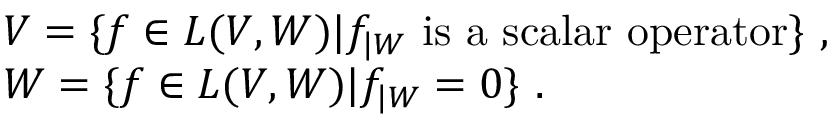
\begin{array} { r c l } { { } } & { { } } & { { { \cal V } = \{ f \in { \cal L } ( V , W ) \vert f _ { | W } ~ \mathrm { i s ~ a ~ s c a l a r ~ o p e r a t o r } \} ~ , } } \\ { { } } & { { } } & { { { \cal W } = \{ f \in { \cal L } ( V , W ) \vert f _ { | W } = 0 \} ~ . } } \end{array}